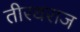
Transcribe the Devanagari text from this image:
तीरथराज